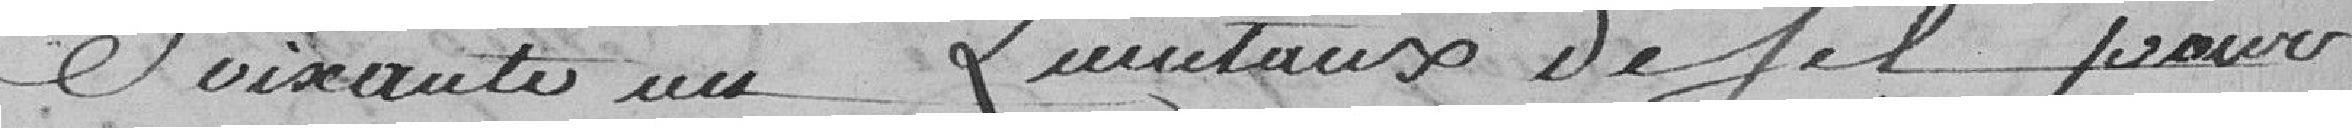
Soixante un Quintaux de Sel pour